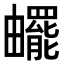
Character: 𤳸